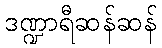
ဒဏ္ဍာရီဆန်ဆန်